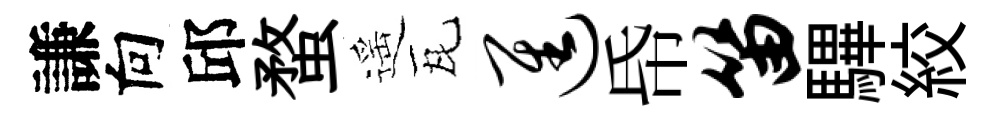
謙向邱蝥遥瓦进帋笛驆絞